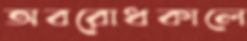
অবরোধকালে